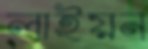
লাইয়ন